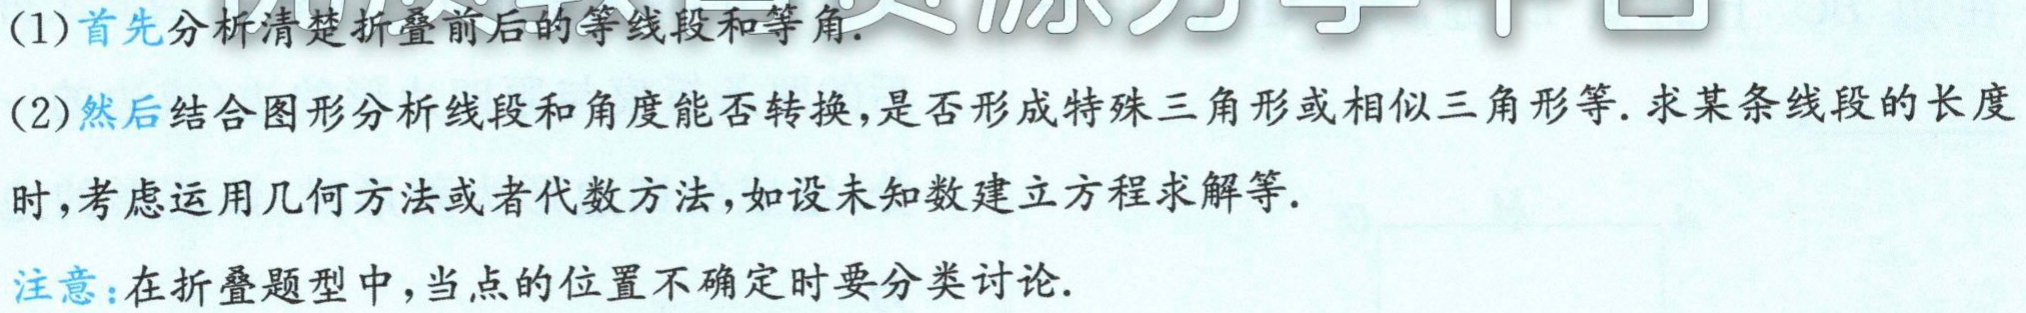
(1)首先分析清楚折叠前后的等线段和等角.

(2)然后结合图形分析线段和角度能否转换,是否形成特殊三角形或相似三角形等. 求某条线段的长度时,考虑运用几何方法或者代数方法,如设未知数建立方程求解等.

注意:在折叠题型中,当点的位置不确定时要分类讨论.